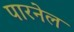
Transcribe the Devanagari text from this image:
पारनेल